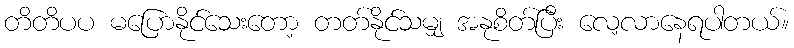
တိတိပပ မပြောနိုင်သေးတော့ တတ်နိုင်သမျှ အနုစိတ်ပြီး လေ့လာနေရပါတယ်။